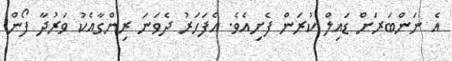
އެ ނަންބަރަށް ޑައިލް ކުރަން ފެށިއެވެ. އެފަހަރު ދެވަނަ ރިންގާއެކު ވަރުދާ ފޯން